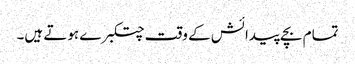
تمام بچے پیدائش کے وقت چتکبرے ہوتے ہیں۔